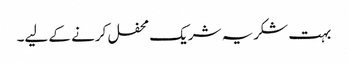
بہت شکریہ شریک محفل کرنے کے لیے۔